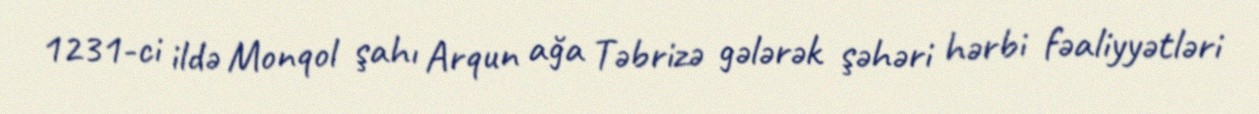
1231-ci ildə Monqol şahı Arqun ağa Təbrizə gələrək şəhəri hərbi fəaliyyətləri